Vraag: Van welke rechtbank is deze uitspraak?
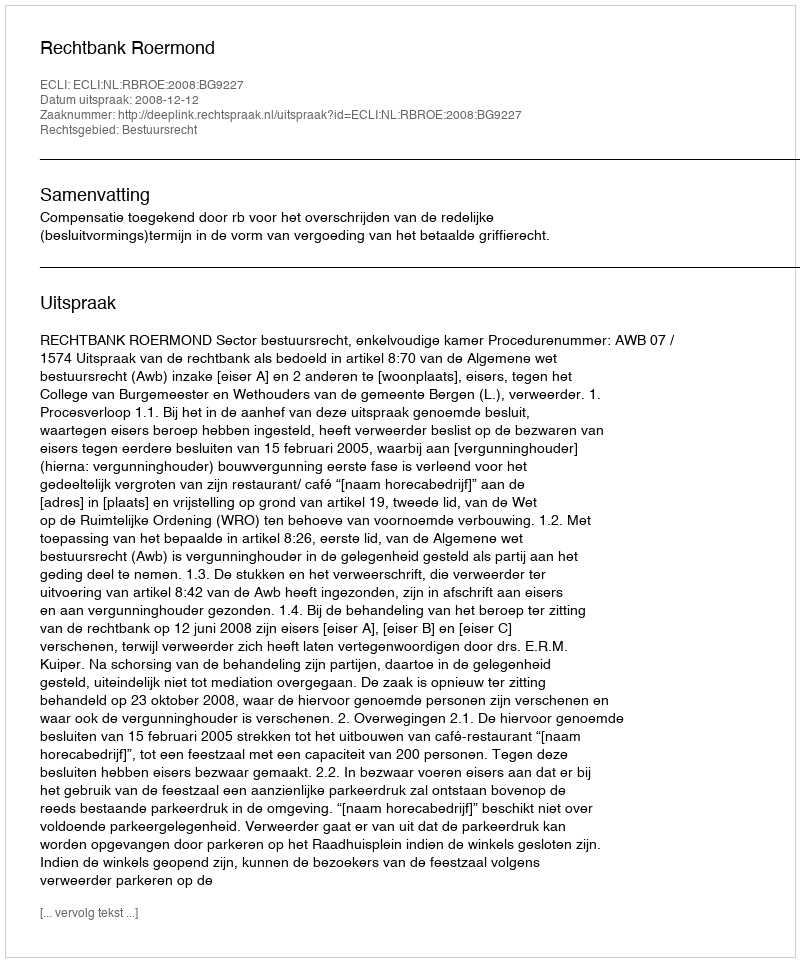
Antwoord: Rechtbank Roermond